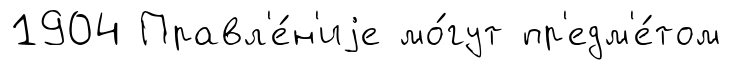
1904 Правл'е́н'иjе мо́гут пр'едм'е́том